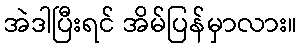
အဲဒါပြီးရင် အိမ်ပြန်မှာလား။